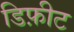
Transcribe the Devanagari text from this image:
डिफ़ीट